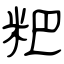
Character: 粑